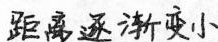
距离逐渐变小